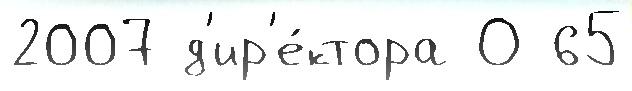
2007 д'ир'е́ктора О 65